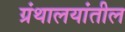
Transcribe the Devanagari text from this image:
ग्रंथालयांतील